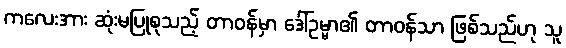
ကလေးအား ဆုံးမပြုစုသည့် တာဝန်မှာ ဒေါ်ဥမ္မာ၏ တာဝန်သာ ဖြစ်သည်ဟု သူ